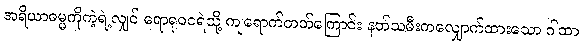
အရိယာဓမ္မကိုကဲ့ရဲ့လျှင် ရောရုဝငရဲသို့ ကျရောက်တတ်ကြောင်း နတ်သမီးကလျှောက်ထားသော ဂါထာ၊